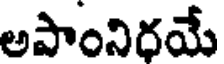
అపాంనిరయే